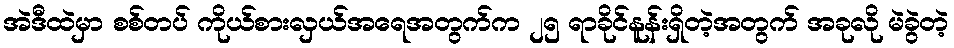
အဲဒီထဲမှာ စစ်တပ် ကိုယ်စားလှယ်အရေအတွက်က ၂၅ ရာခိုင်နူန်းရှိတဲ့အတွက် အခုလို မဲခွဲတဲ့